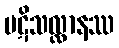
ပဋိသလ္လာနဿ